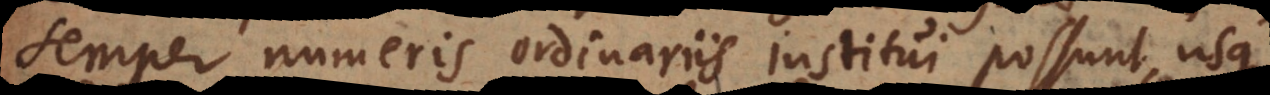
semper numeris ordinariis institui possunt, usque